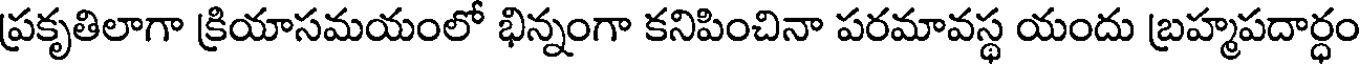
ప్రకృతిలాగా క్రియాసమయంలో భిన్నంగా కనిపించినా పరమావస్థ యందు బ్రహ్మపదార్ధం